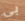
بي